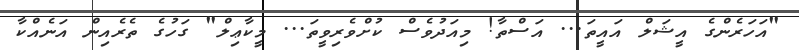
"އަހަރެންގެ އީޝަލް އައީތަ... އަސްތާ! މިއަދުވެސް ކުށްވެރިވީތަ... މީކާޢިލް" ގަހުގެ ތެރެއިން އަނެއްކާ